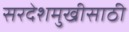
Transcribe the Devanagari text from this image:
सरदेशमुखीसाठी